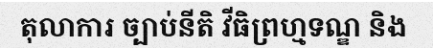
តុលាការ ច្បាប់នីតិ វីធិព្រហ្មទណ្ឌ និង